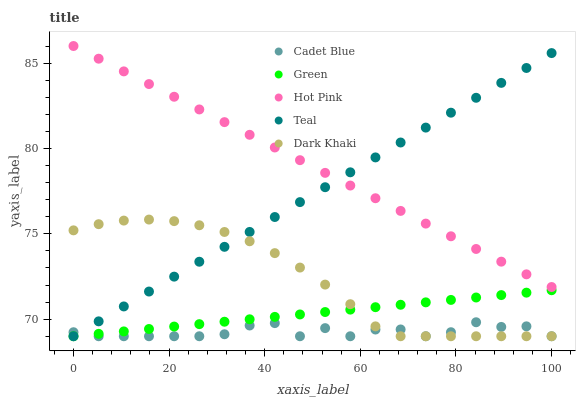
| xaxis_label | Cadet Blue | Green | Hot Pink | Teal | Dark Khaki |
 | --- | --- | --- | --- | --- | --- |
 | 0 | 69.2 | 69 | 86 | 69 | 75.2 |
 | 5.26 | 69 | 69.1 | 85.3 | 69.9 | 75.6 |
 | 10.5 | 69 | 69.3 | 84.5 | 70.7 | 75.8 |
 | 15.8 | 69 | 69.4 | 83.8 | 71.6 | 75.8 |
 | 21.1 | 69 | 69.6 | 83 | 72.5 | 75.7 |
 | 26.3 | 69 | 69.7 | 82.3 | 73.4 | 75.5 |
 | 31.6 | 69.1 | 69.9 | 81.5 | 74.2 | 75.1 |
 | 36.8 | 69.6 | 70 | 80.8 | 75.1 | 74.6 |
 | 42.1 | 69.8 | 70.1 | 80.1 | 76 | 73.9 |
 | 47.4 | 69 | 70.3 | 79.3 | 76.9 | 73 |
 | 52.6 | 69.5 | 70.4 | 78.6 | 77.7 | 72 |
 | 57.9 | 69 | 70.6 | 77.8 | 78.6 | 70.9 |
 | 63.2 | 69.4 | 70.7 | 77.1 | 79.5 | 69.6 |
 | 68.4 | 69.4 | 70.8 | 76.3 | 80.3 | 69 |
 | 73.7 | 69 | 71 | 75.6 | 81.2 | 69 |
 | 78.9 | 69.2 | 71.1 | 74.9 | 82.1 | 69 |
 | 84.2 | 69.8 | 71.3 | 74.1 | 83 | 69 |
 | 89.5 | 69.5 | 71.4 | 73.4 | 83.8 | 69 |
 | 94.7 | 69.6 | 71.6 | 72.6 | 84.7 | 69 |
 | 100 | 69 | 71.7 | 71.9 | 85.6 | 69 |